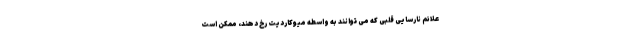
علائم نارسایی قلبی که می توانند به واسطه میوکاردیت رخ دهند، ممکن است